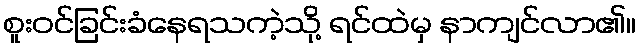
စူးဝင်ခြင်းခံနေရသကဲ့သို့ ရင်ထဲမှ နာကျင်လာ၏။